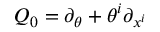
Q _ { 0 } = \partial _ { \theta } + \theta ^ { i } \partial _ { x ^ { i } }